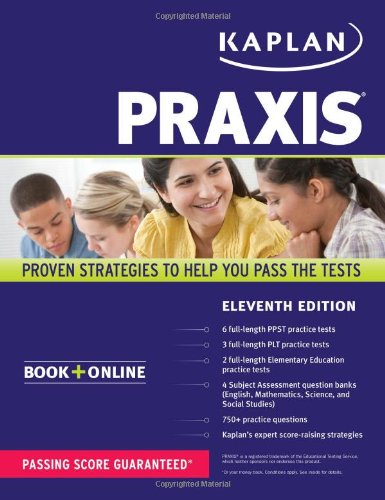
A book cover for PRAXIS: Book + Online (Kaplan Test Prep); Kaplan; Test Preparation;